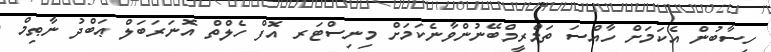
ހިސާބުން އެކަމަށް ހާއްސަ ތަމްރީމްބޭނުންވާނެކަމަށް މިނިސްޓަރ އޮފް ހެލްތް އޮނަރަބަލް ޢަބްދު ނާޠިމް